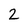
Character: 2